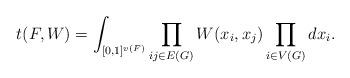
LaTeX: \begin{align*}t(F, W) = \int_{[0, 1]^{v(F)}} \prod_{ij \in E(G)} W(x_i, x_j) \prod_{i \in V(G)} d x_i.\end{align*}